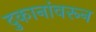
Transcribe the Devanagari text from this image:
दुकानांवरून